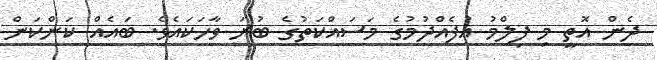
ދެން އޮތީ މި ފިލްމު އުފެއްދުމުގެ މަސައްކަތުގެ ބުރަ ވާހަކައެވެ. ބައެއް ކަންކަން